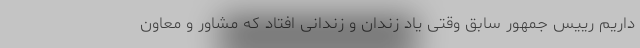
داریم رییس جمهور سابق وقتی یاد زندان و زندانی افتاد که مشاور و معاون